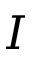
I